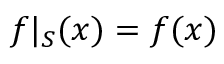
f | _ { S } ( x ) = f ( x )